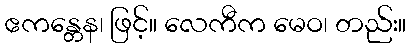
ဧကန္တေန၊ ဖြင့်။ လေကီက မေဝ၊ တည်း။